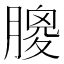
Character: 𦟣